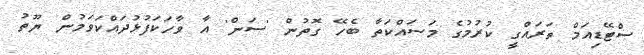
ސްޓޭޑިއަމް ތަރައްގީ ކުރުމުގެ މަސައްކަތާ ބެހޭ ގޮތުން 'ސަން' އާ ވާހަކަފުޅުދައްކަވަމުން ޔޫތު